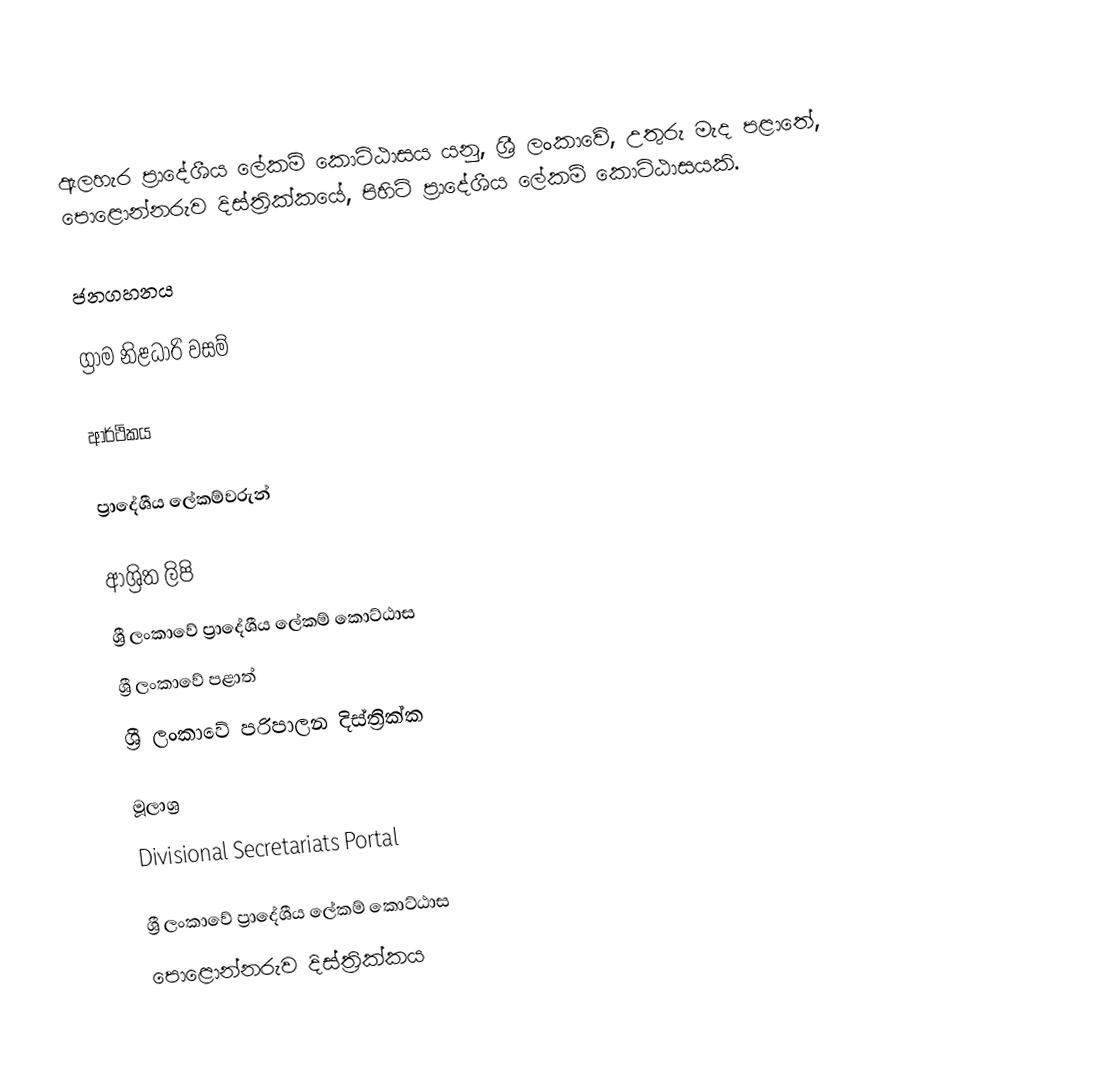
ඇලහැර ප්‍රාදේශීය ලේකම් කොට්ඨාසය යනු,  ශ්‍රී ලංකාවේ,  උතුරු මැද පළාතේ,   පොළොන්නරුව දිස්ත්‍රික්කයේ, පිහිටි ප්‍රාදේශීය ලේකම් කොට්ඨාසයකි.

ජනගහනය

ග්‍රාම නිළධාරි වසම්

ආර්ථිකය

ප්‍රාදේශීය ලේකම්වරුන්

ආශ්‍රිත ලිපි
ශ්‍රී ලංකාවේ ප්‍රාදේශීය ලේකම් කොට්ඨාස
ශ්‍රී ලංකාවේ පළාත්
ශ්‍රී ලංකාවේ පරිපාලන දිස්ත්‍රික්ක

මූලාශ්‍ර
 Divisional Secretariats Portal

ශ්‍රී ලංකාවේ ප්‍රාදේශීය ලේකම් කොට්ඨාස
පොළොන්නරුව දිස්ත්‍රික්කය